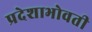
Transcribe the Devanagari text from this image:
प्रदेशाभोवती